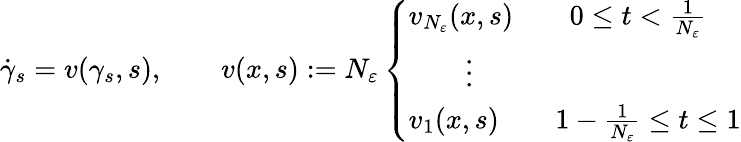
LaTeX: \dot{\gamma}_{s}=v({\gamma}_{s},s),\qquad v(x,s):=N_{\varepsilon}\left\{ \begin{array}{ll}{v_{N_{\varepsilon}}(x,s)\qquad 0\leq t<\frac{1}{N_{\varepsilon}}}\\ {\qquad\vdots}\\ {v_{1}(x,s)\qquad 1-\frac{1}{N_{\varepsilon}}\leq t\leq 1}\end{array}\right.